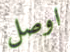
اوصل